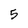
Character: 5